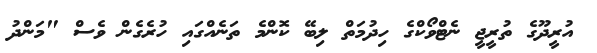
އުރީދޫގެ ތުރީޖީ ނެޓްވޯކްގެ ހިދުމަތް ލިބޭ ކޮންމެ ތަނެއްގައި ހުރެގެން ވެސް "މަންދު